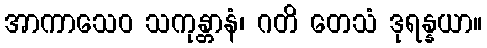
အာကာသေဝ သကုန္တာနံ၊ ဂတိ တေသံ ဒုရန္နယာ။